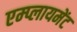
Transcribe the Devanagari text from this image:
एम्प्लायमेंट